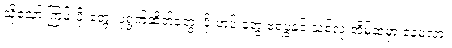
သို့သော် ကြမ်းပိုးတွေ၊ ပုရွက်ဆိတ်တွေ၊ ပိုးဟပ် တွေ ဗရပွနှင့် သစ်လုံးအိမ်ထဲမှာ နေမလား